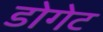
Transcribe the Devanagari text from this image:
डोगेट